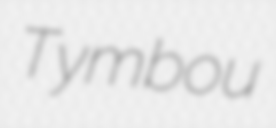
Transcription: Tymbou